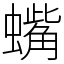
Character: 蟕